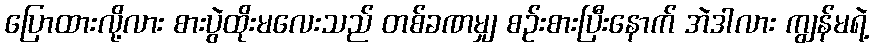
ပြောထားလို့လား စားပွဲထိုးမလေးသည် တစ်ခဏမျှ စဉ်းစားပြီးနောက် အဲဒါလား ကျွန်မရဲ့